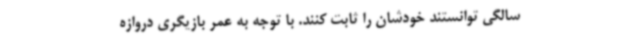
سالگی توانستند خودشان را ثابت کنند. با توجه به عمر بازیگری دروازه